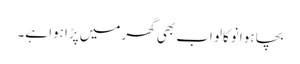
بچا ہوا نوکالو اب بھی گھر میں پڑا ہوا ہے۔